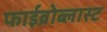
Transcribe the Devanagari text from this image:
फाईब्रोब्लास्ट